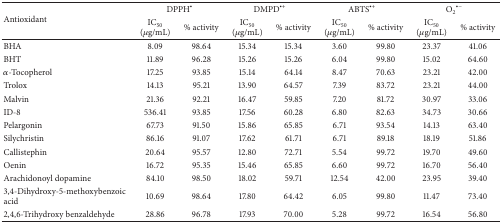
| <ROWSPAN=2> Antioxidant | <COLSPAN=2> DPPH∙ | <COLSPAN=2> DMPD∙+ | <COLSPAN=2> ABTS∙+ | <COLSPAN=2> O2∙− |
 | IC50 (μg/mL) | % activity | IC50 (μg/mL) | % activity | IC50 (μg/mL) | % activity | IC50 (μg/mL) | % activity |
 | --- | --- | --- | --- | --- | --- | --- | --- | --- |
 | BHA | 8.09 | 98.64 | 15.34 | 15.34 | 3.60 | 99.80 | 23.37 | 41.06 |
 | BHT | 11.89 | 96.28 | 15.26 | 15.26 | 6.04 | 99.80 | 15.02 | 64.60 |
 | α-Tocopherol | 17.25 | 93.85 | 15.14 | 64.14 | 8.47 | 70.63 | 23.21 | 42.00 |
 | Trolox | 14.13 | 95.21 | 13.90 | 64.57 | 7.39 | 83.72 | 23.21 | 44.00 |
 | Malvin | 21.36 | 92.21 | 16.47 | 59.85 | 7.20 | 81.72 | 30.97 | 33.06 |
 | ID-8 | 536.41 | 93.85 | 17.56 | 60.28 | 6.80 | 82.63 | 34.73 | 30.66 |
 | Pelargonin | 67.73 | 91.50 | 15.86 | 65.85 | 6.71 | 93.54 | 14.13 | 63.40 |
 | Silychristin | 86.16 | 91.07 | 17.62 | 61.71 | 6.71 | 89.18 | 18.19 | 51.86 |
 | Callistephin | 20.64 | 95.57 | 12.80 | 72.71 | 5.54 | 99.72 | 19.70 | 49.60 |
 | Oenin | 16.72 | 95.35 | 15.46 | 65.85 | 6.60 | 99.72 | 16.70 | 56.40 |
 | Arachidonoyl dopamine | 84.10 | 98.50 | 18.02 | 59.71 | 12.54 | 42.00 | 23.95 | 39.40 |
 | 3,4-Dihydroxy-5-methoxybenzoic acid | 10.69 | 98.64 | 17.80 | 64.42 | 6.05 | 99.80 | 11.47 | 73.40 |
 | 2,4,6-Trihydroxy benzaldehyde | 28.86 | 96.78 | 17.93 | 70.00 | 5.28 | 99.72 | 16.54 | 56.80 |